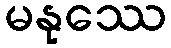
မနုဿေ